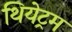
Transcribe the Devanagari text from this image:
थियेट्रम